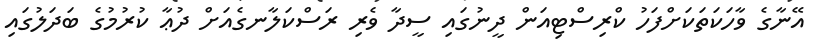
އޭނާގެ ވާހަކަތަކަށްފަހު ކްރިސްޓިއަން ދީނުގައި ސީދާ ވެރި ރަސްކަލާނގެއަށް ދުޢާ ކުރުމުގެ ބަދަލުގައި